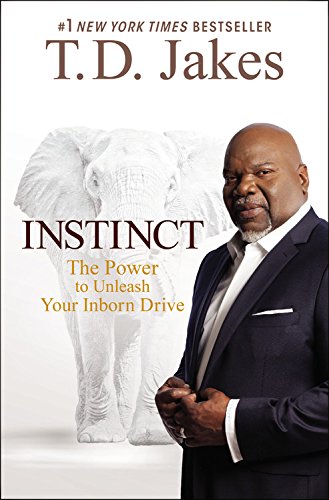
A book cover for Instinct: The Power to Unleash Your Inborn Drive; T. D. Jakes; Christian Books & Bibles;